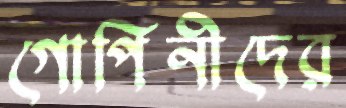
গোপিনীদের